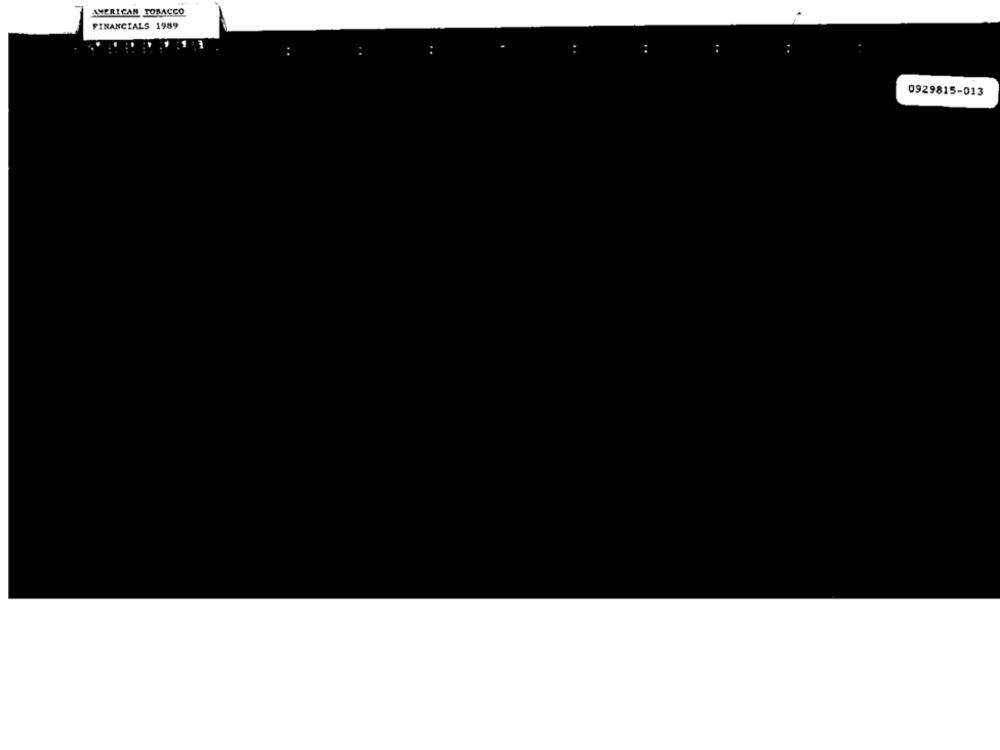
AMERICAN TOBACCO
FINANCIALS 1989
0929815-013